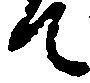
て